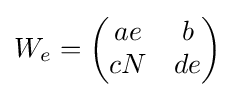
W_{e}={\begin{pmatrix}ae&b\\cN&de\end{pmatrix}}